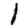
Digit: 1